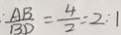
\frac { A B } { B D } = \frac { 4 } { 2 } = 2 : 1